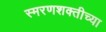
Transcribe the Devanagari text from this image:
स्मरणशक्तीच्या